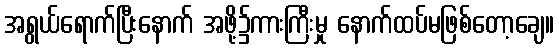
အရွယ်ရောက်ပြီးနောက် အဖို့၌ကားကြီးမှု နောက်ထပ်မဖြစ်တော့ချေ။